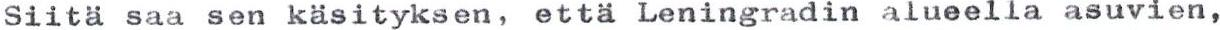
Siitä saa sen käsityksen, että Leningradin alueella asuvien,